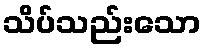
သိပ်သည်းသော